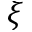
\boldsymbol { \xi }